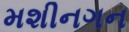
મશીનગન